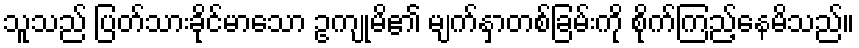
သူသည် ပြတ်သားခိုင်မာသော ဥကျုမိ၏ မျက်နှာတစ်ခြမ်းကို စိုက်ကြည့်နေမိသည်။